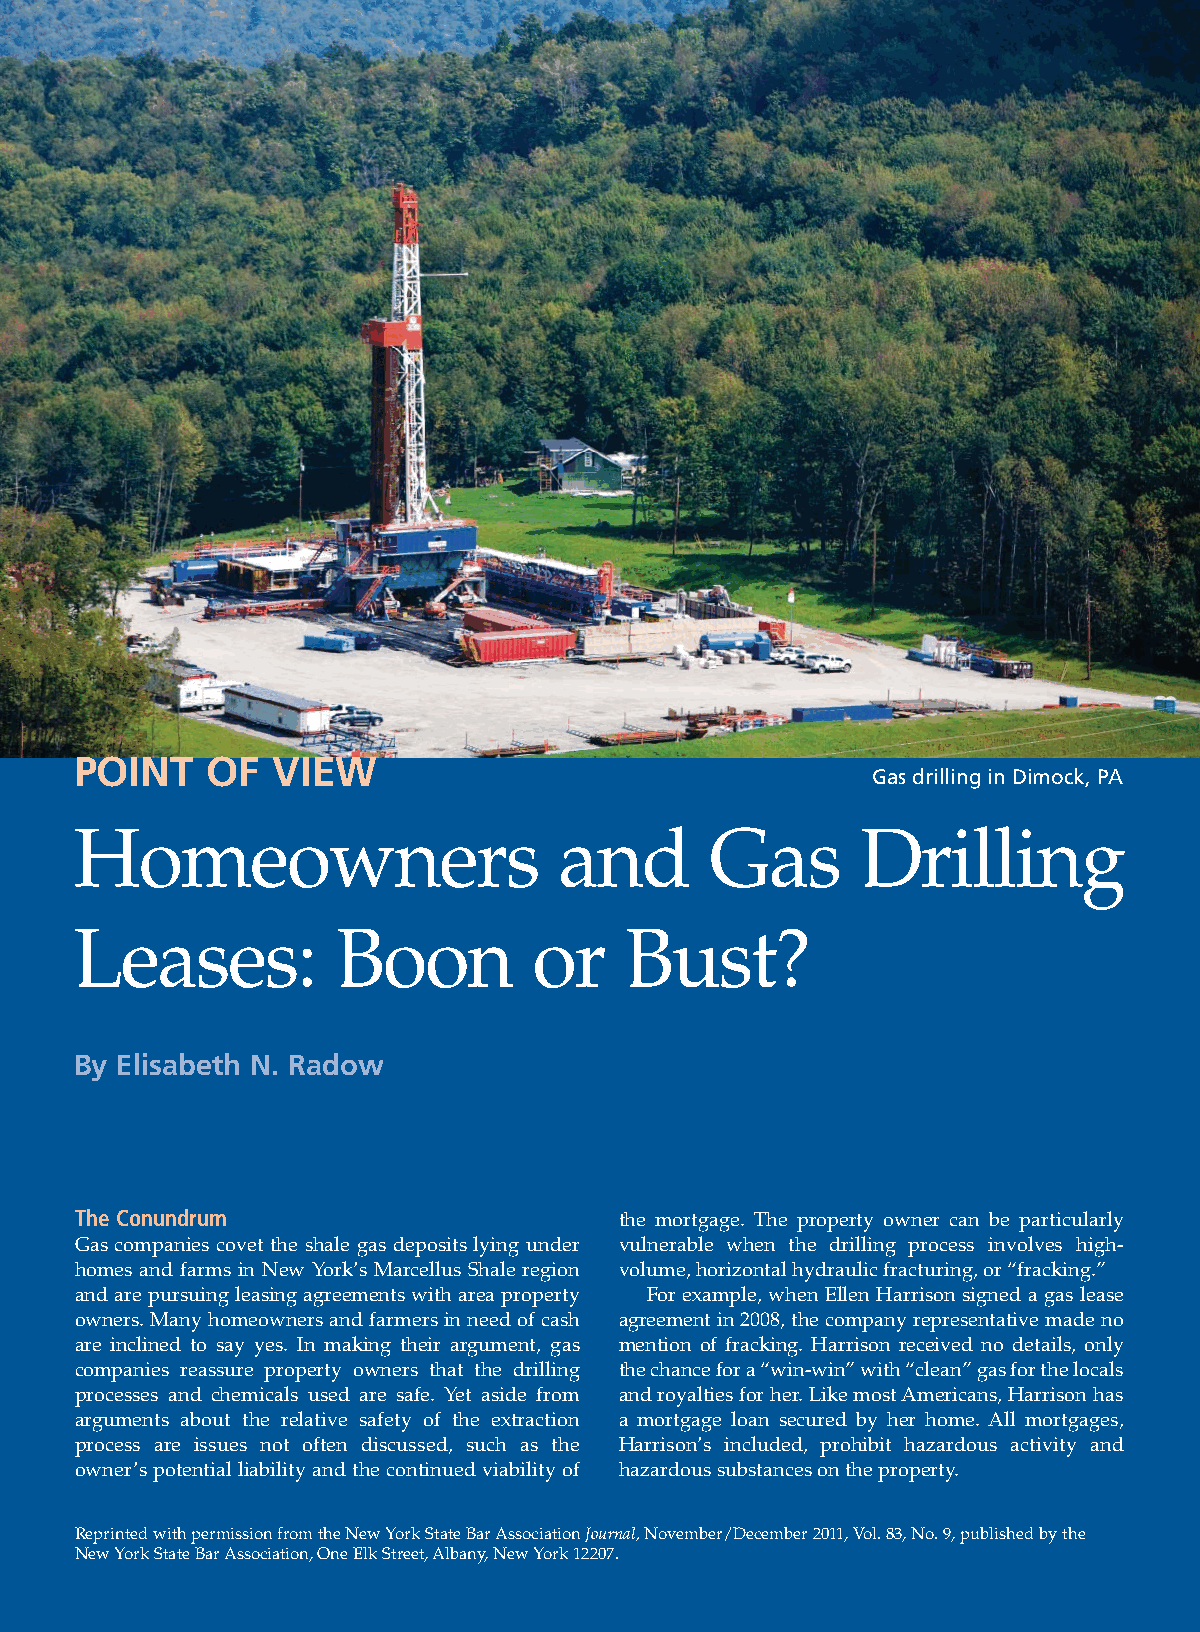
POINT    OF  VIEW
 Gas drilling in Dimock, PA
 Homeowners                      and       Gas       Drilling
 Leases:          Boon         or    Bust?
 By Elisabeth N. Radow
 The Conundrum                       the mortgage. The property owner can be particularly
 Gas companies covet the shale gas deposits lying under vulnerable when the drilling process involves high-
 homes and farms in New York’s Marcellus Shale region volume, horizontal hydraulic fracturing, or “fracking.”
 and are pursuing leasing agreements with area property For example, when Ellen Harrison signed a gas lease
 owners. Many homeowners and farmers in need of cash agreement in 2008, the company representative made no
 are inclined to say yes. In making their argument, gas mention of fracking. Harrison received no details, only
 companies reassure property owners that the drilling the chance for a “win-win” with “clean” gas for the locals
 processes and chemicals used are safe. Yet aside from and royalties for her. Like most Americans, Harrison has
 arguments about the relative safety of the extraction a mortgage loan secured by her home. All mortgages,
 process are issues not often discussed, such as the Harrison’s included, prohibit hazardous activity and
 owner’s potential liability and the continued viability of hazardous substances on the property.
 Reprinted with permission from the New York State Bar Association Journal, November/December 2011, Vol. 83, No. 9, published by the
 New York State Bar Association, One Elk Street, Albany, New York 12207.